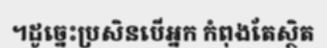
។ដូច្នេះប្រសិនបើអ្នក កំពុងតែស្ថិត